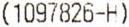
(1097826-H)